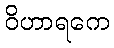
ဝိဟာရကေ